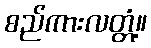
စည်ကားလတ္တံ့။